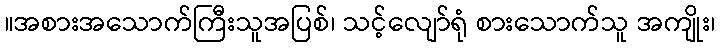
။အစားအသောက်ကြီးသူအပြစ်၊ သင့်လျော်ရုံ စားသောက်သူ အကျိုး၊